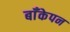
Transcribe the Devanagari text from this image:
बाँकेपन